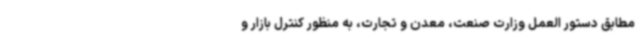
مطابق دستور العمل وزارت صنعت، معدن و تجارت، به منظور کنترل بازار و